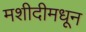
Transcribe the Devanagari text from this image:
मशीदीमधून